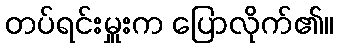
တပ်ရင်းမှူးက ပြောလိုက်၏။